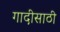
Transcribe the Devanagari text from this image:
गादीसाठी